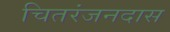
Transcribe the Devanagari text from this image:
चितरंजनदास